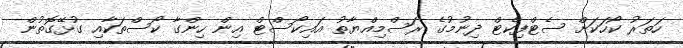
ހަތަރު ކޯހަކަށް ސެޓްފިކެޓް ދިނުމުގެ ރަސްމިއްޔާތު އައިކޯސްޓް އިން ހިންގާ ކޯސްތަކާއި ގުޅޭގޮތުން